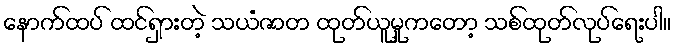
နောက်ထပ် ထင်ရှားတဲ့ သယံဇာတ ထုတ်ယူမှုကတော့ သစ်ထုတ်လုပ်ရေးပါ။